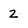
Character: 2